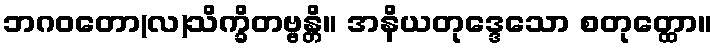
ဘဂဝတော(လ)သိက္ခိတဗ္ဗန္တိ။ အနိယတုဒ္ဒေသော စတုတ္ထော။